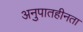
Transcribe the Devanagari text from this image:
अनुपातहीनता